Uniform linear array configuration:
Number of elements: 48
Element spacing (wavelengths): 1
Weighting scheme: uniform
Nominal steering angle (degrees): -15
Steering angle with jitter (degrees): -15.751
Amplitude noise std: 0.05
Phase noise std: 0.05

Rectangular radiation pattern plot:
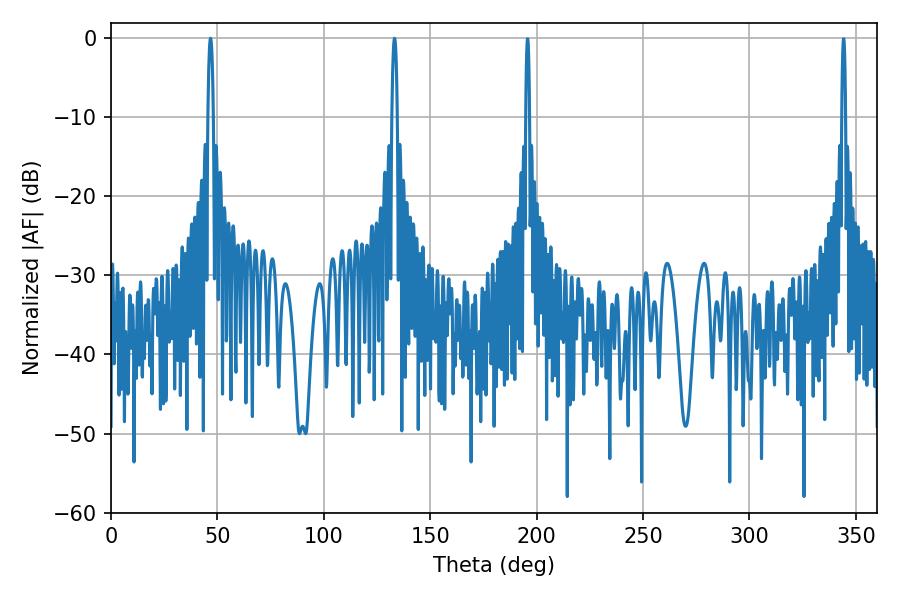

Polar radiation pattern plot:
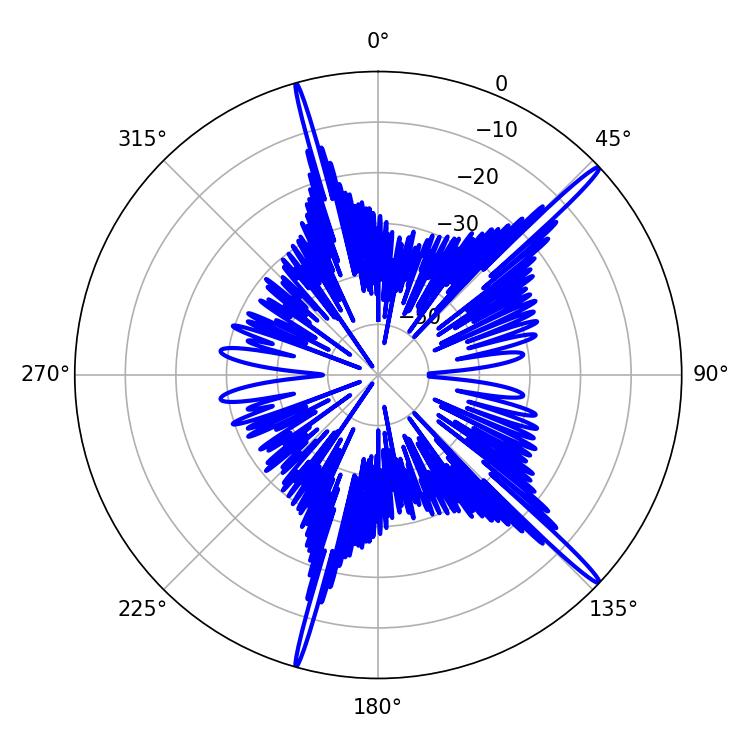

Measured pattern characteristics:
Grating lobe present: TRUE
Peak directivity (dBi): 17.898
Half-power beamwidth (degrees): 1.44
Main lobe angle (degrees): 133.2